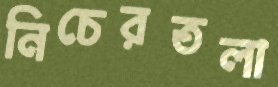
নিচেরতলা